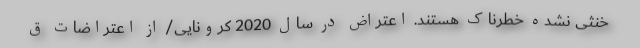
خنثی نشده خطرناک هستند. اعتراض در سال 2020 کرونایی/ از اعتراضات ق